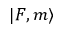
| F , m \rangle